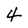
Character: 4